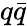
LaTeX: q\bar{q}